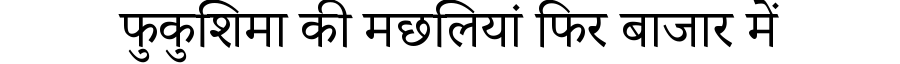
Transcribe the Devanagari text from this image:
फुकुशिमा की मछलियां फिर बाजार में